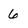
Character: 6